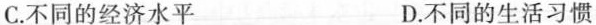
C.不同的经济水平 D.不同的生活习惯